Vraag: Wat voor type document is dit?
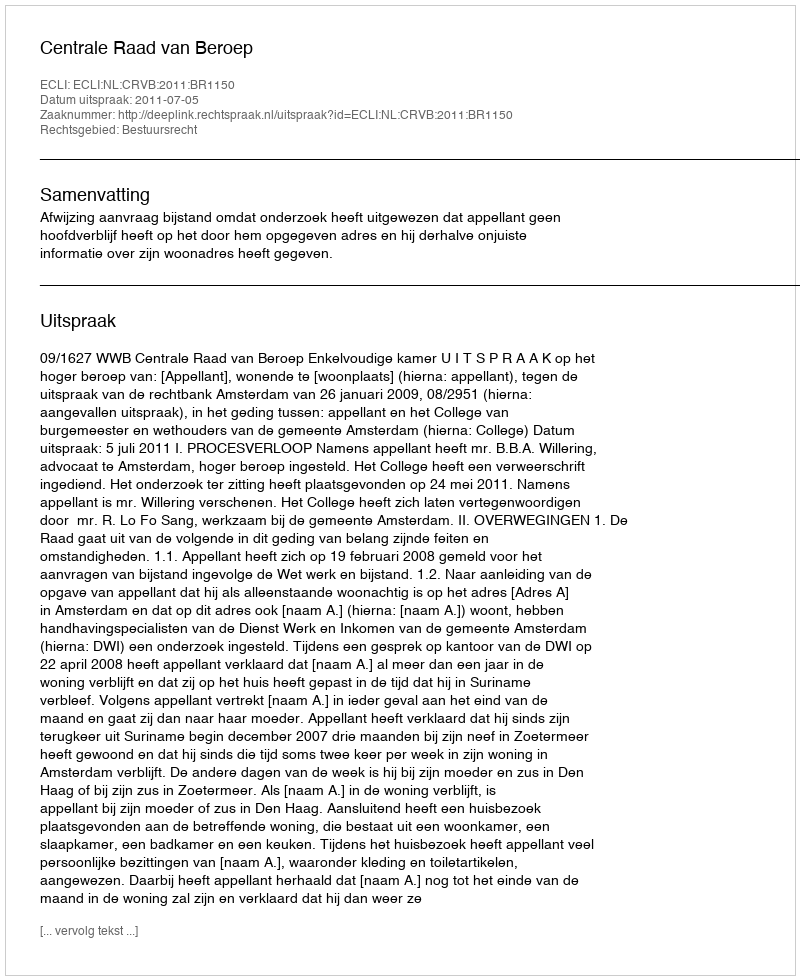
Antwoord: Uitspraak